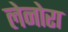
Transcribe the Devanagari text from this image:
लेनोरा